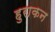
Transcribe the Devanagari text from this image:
हुराकन